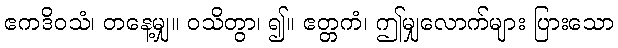
ဧကဒိဝသံ၊ တနေ့မျှ။ ဝသိတွာ၊ ၍။ ဧတ္တကံ၊ ဤမျှလောက်များ ပြားသော